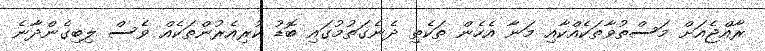
ރާއްޖެއަށް މަސްތުވާތަކެއްކާއި މަނާ އެހެން ތަކެތި ދެނެގަތުމުގައި ބޮޑު ކުރިއެރުންތަކެއް ވެސް ލިބިގެންދާނެ